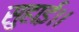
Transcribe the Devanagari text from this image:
सुहाई।।